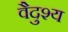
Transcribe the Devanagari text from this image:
वैदुश्य